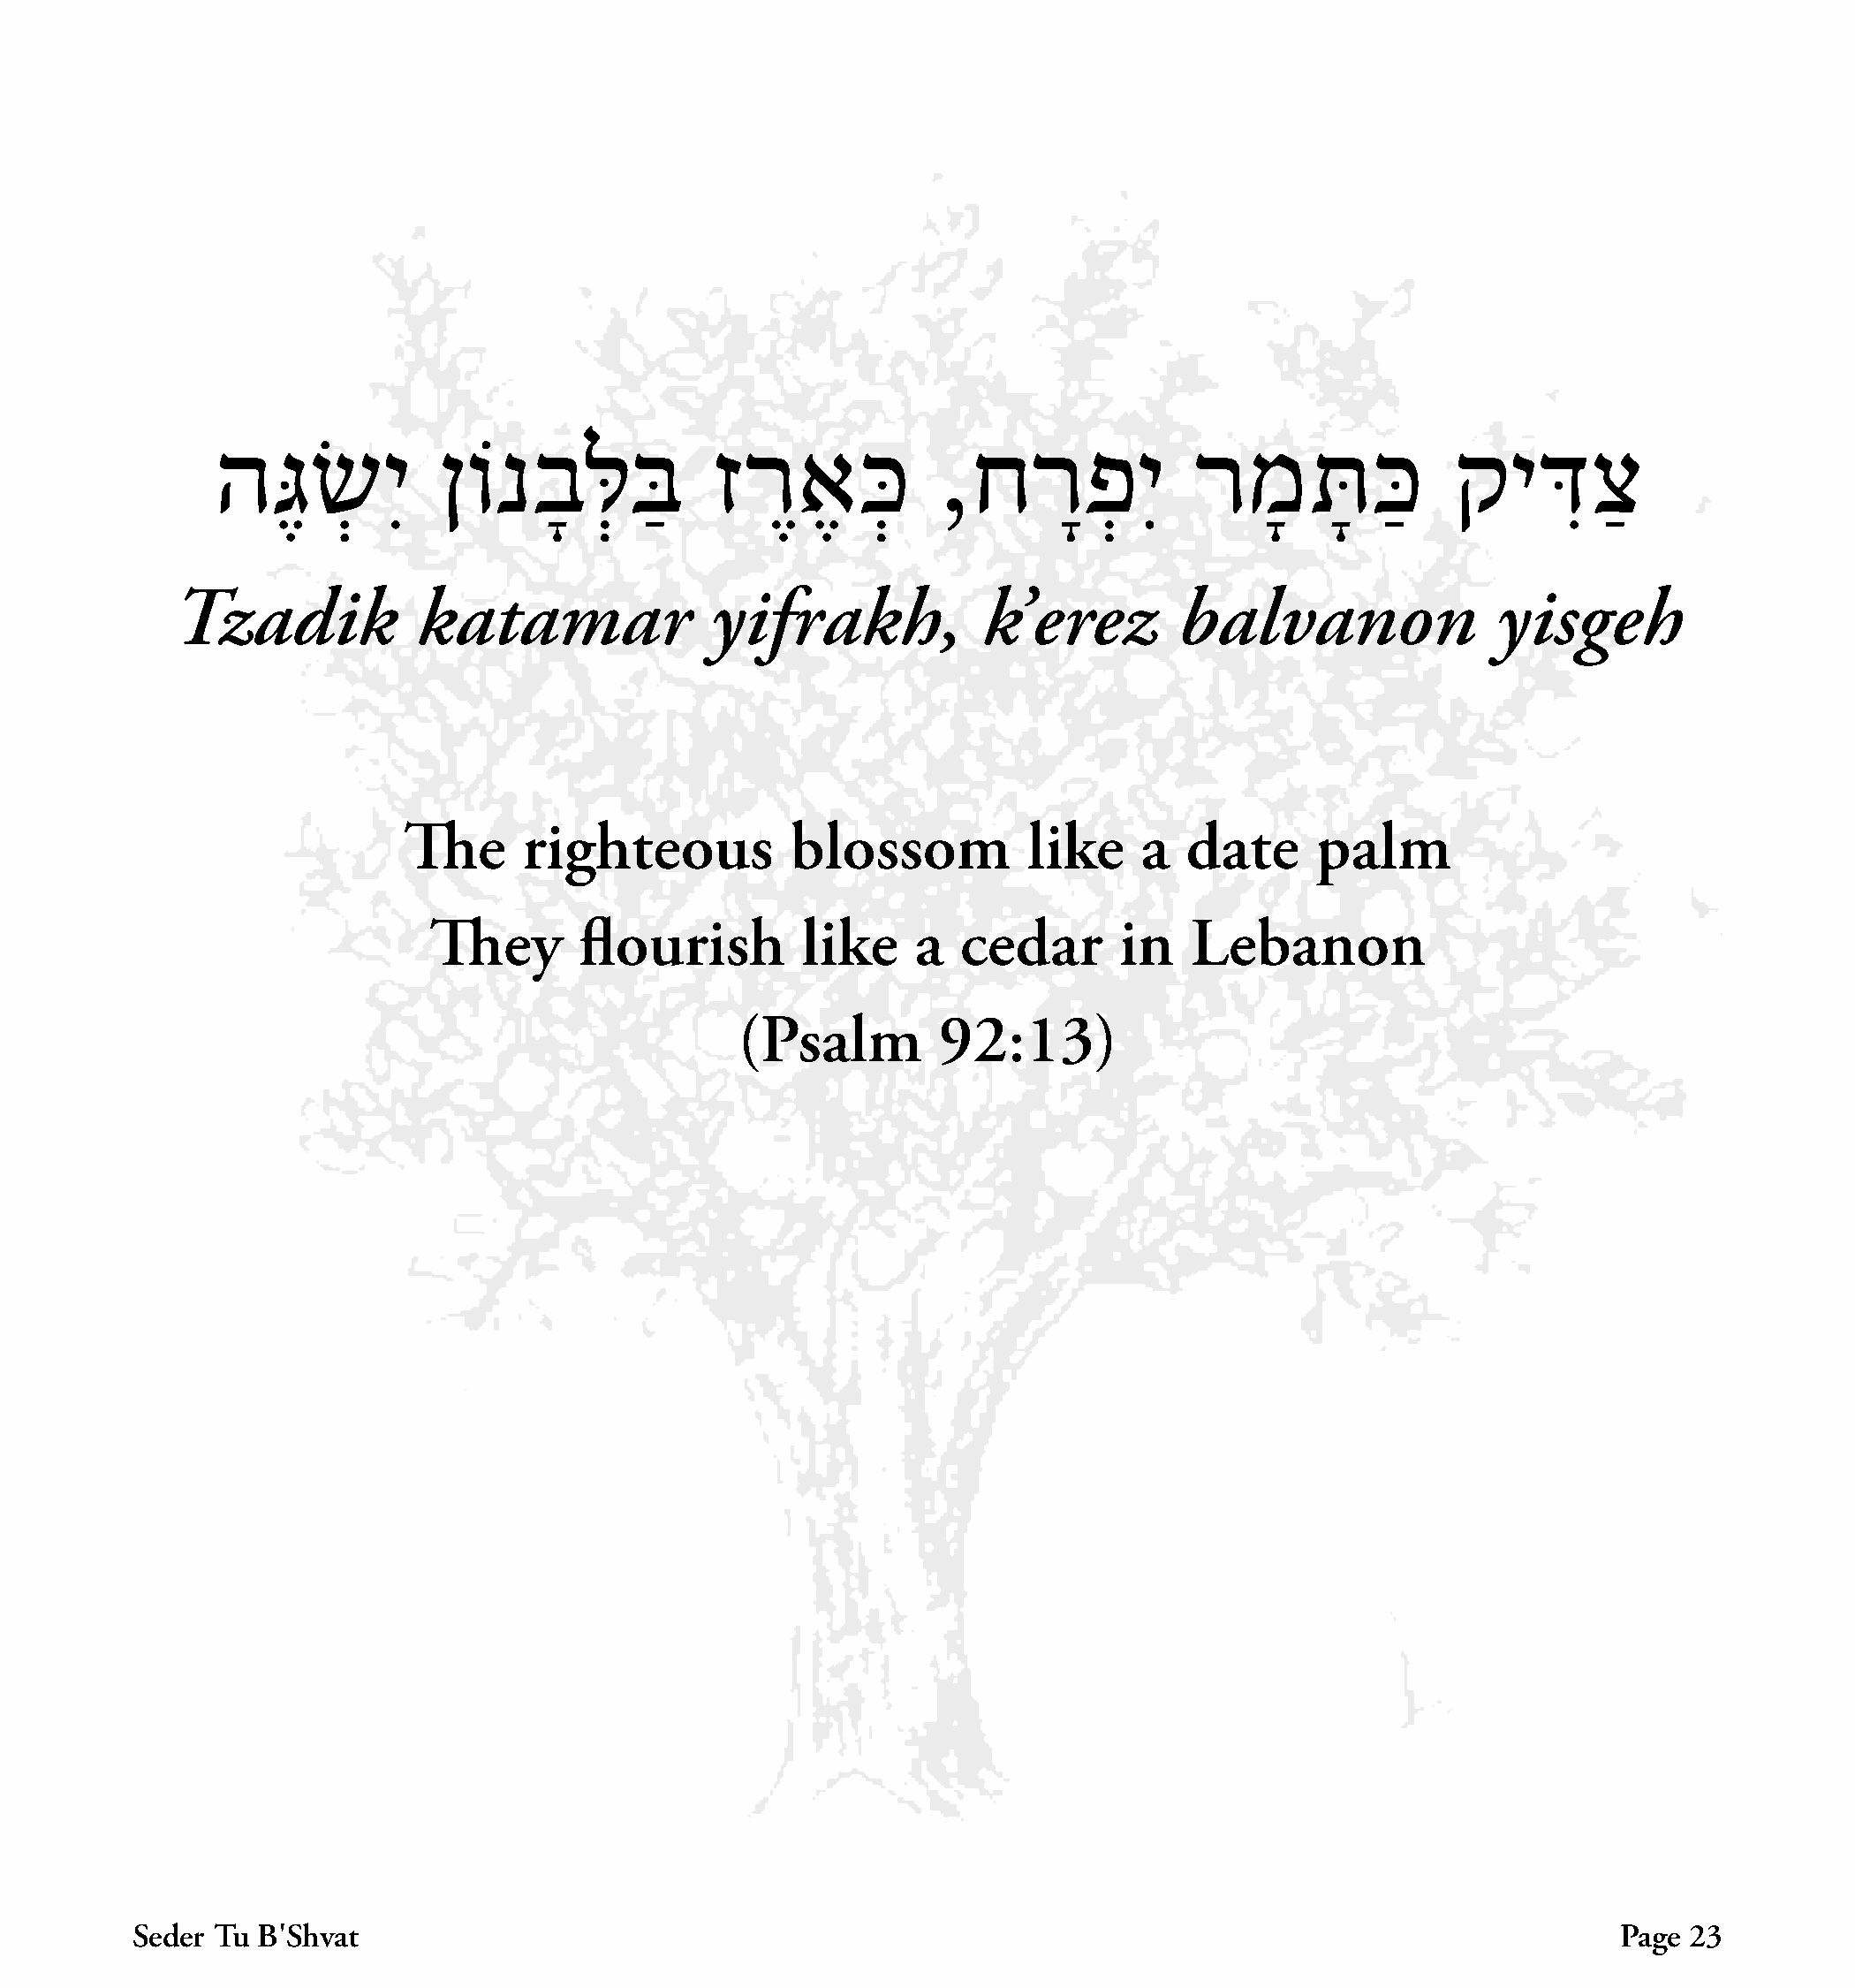
הגֶּ   שְׂ   יִ  ןוֹנבָ     לְּ בַּ  זרֶ    אֶ  כְּ   ,חרָ       פְ  יִ   רמָ     תָּ  כַּ   קידִ      צַ
 Tzadik            katamar               yifrakh,             k’erez        balvanon                yisgeh
 The      righteous           blossom           like    a   date      palm
 They       flourish         like     a  cedar       in   Lebanon
 (Psalm         92:13)
 Seder Tu B׳Shvat                                                                                               Page  23